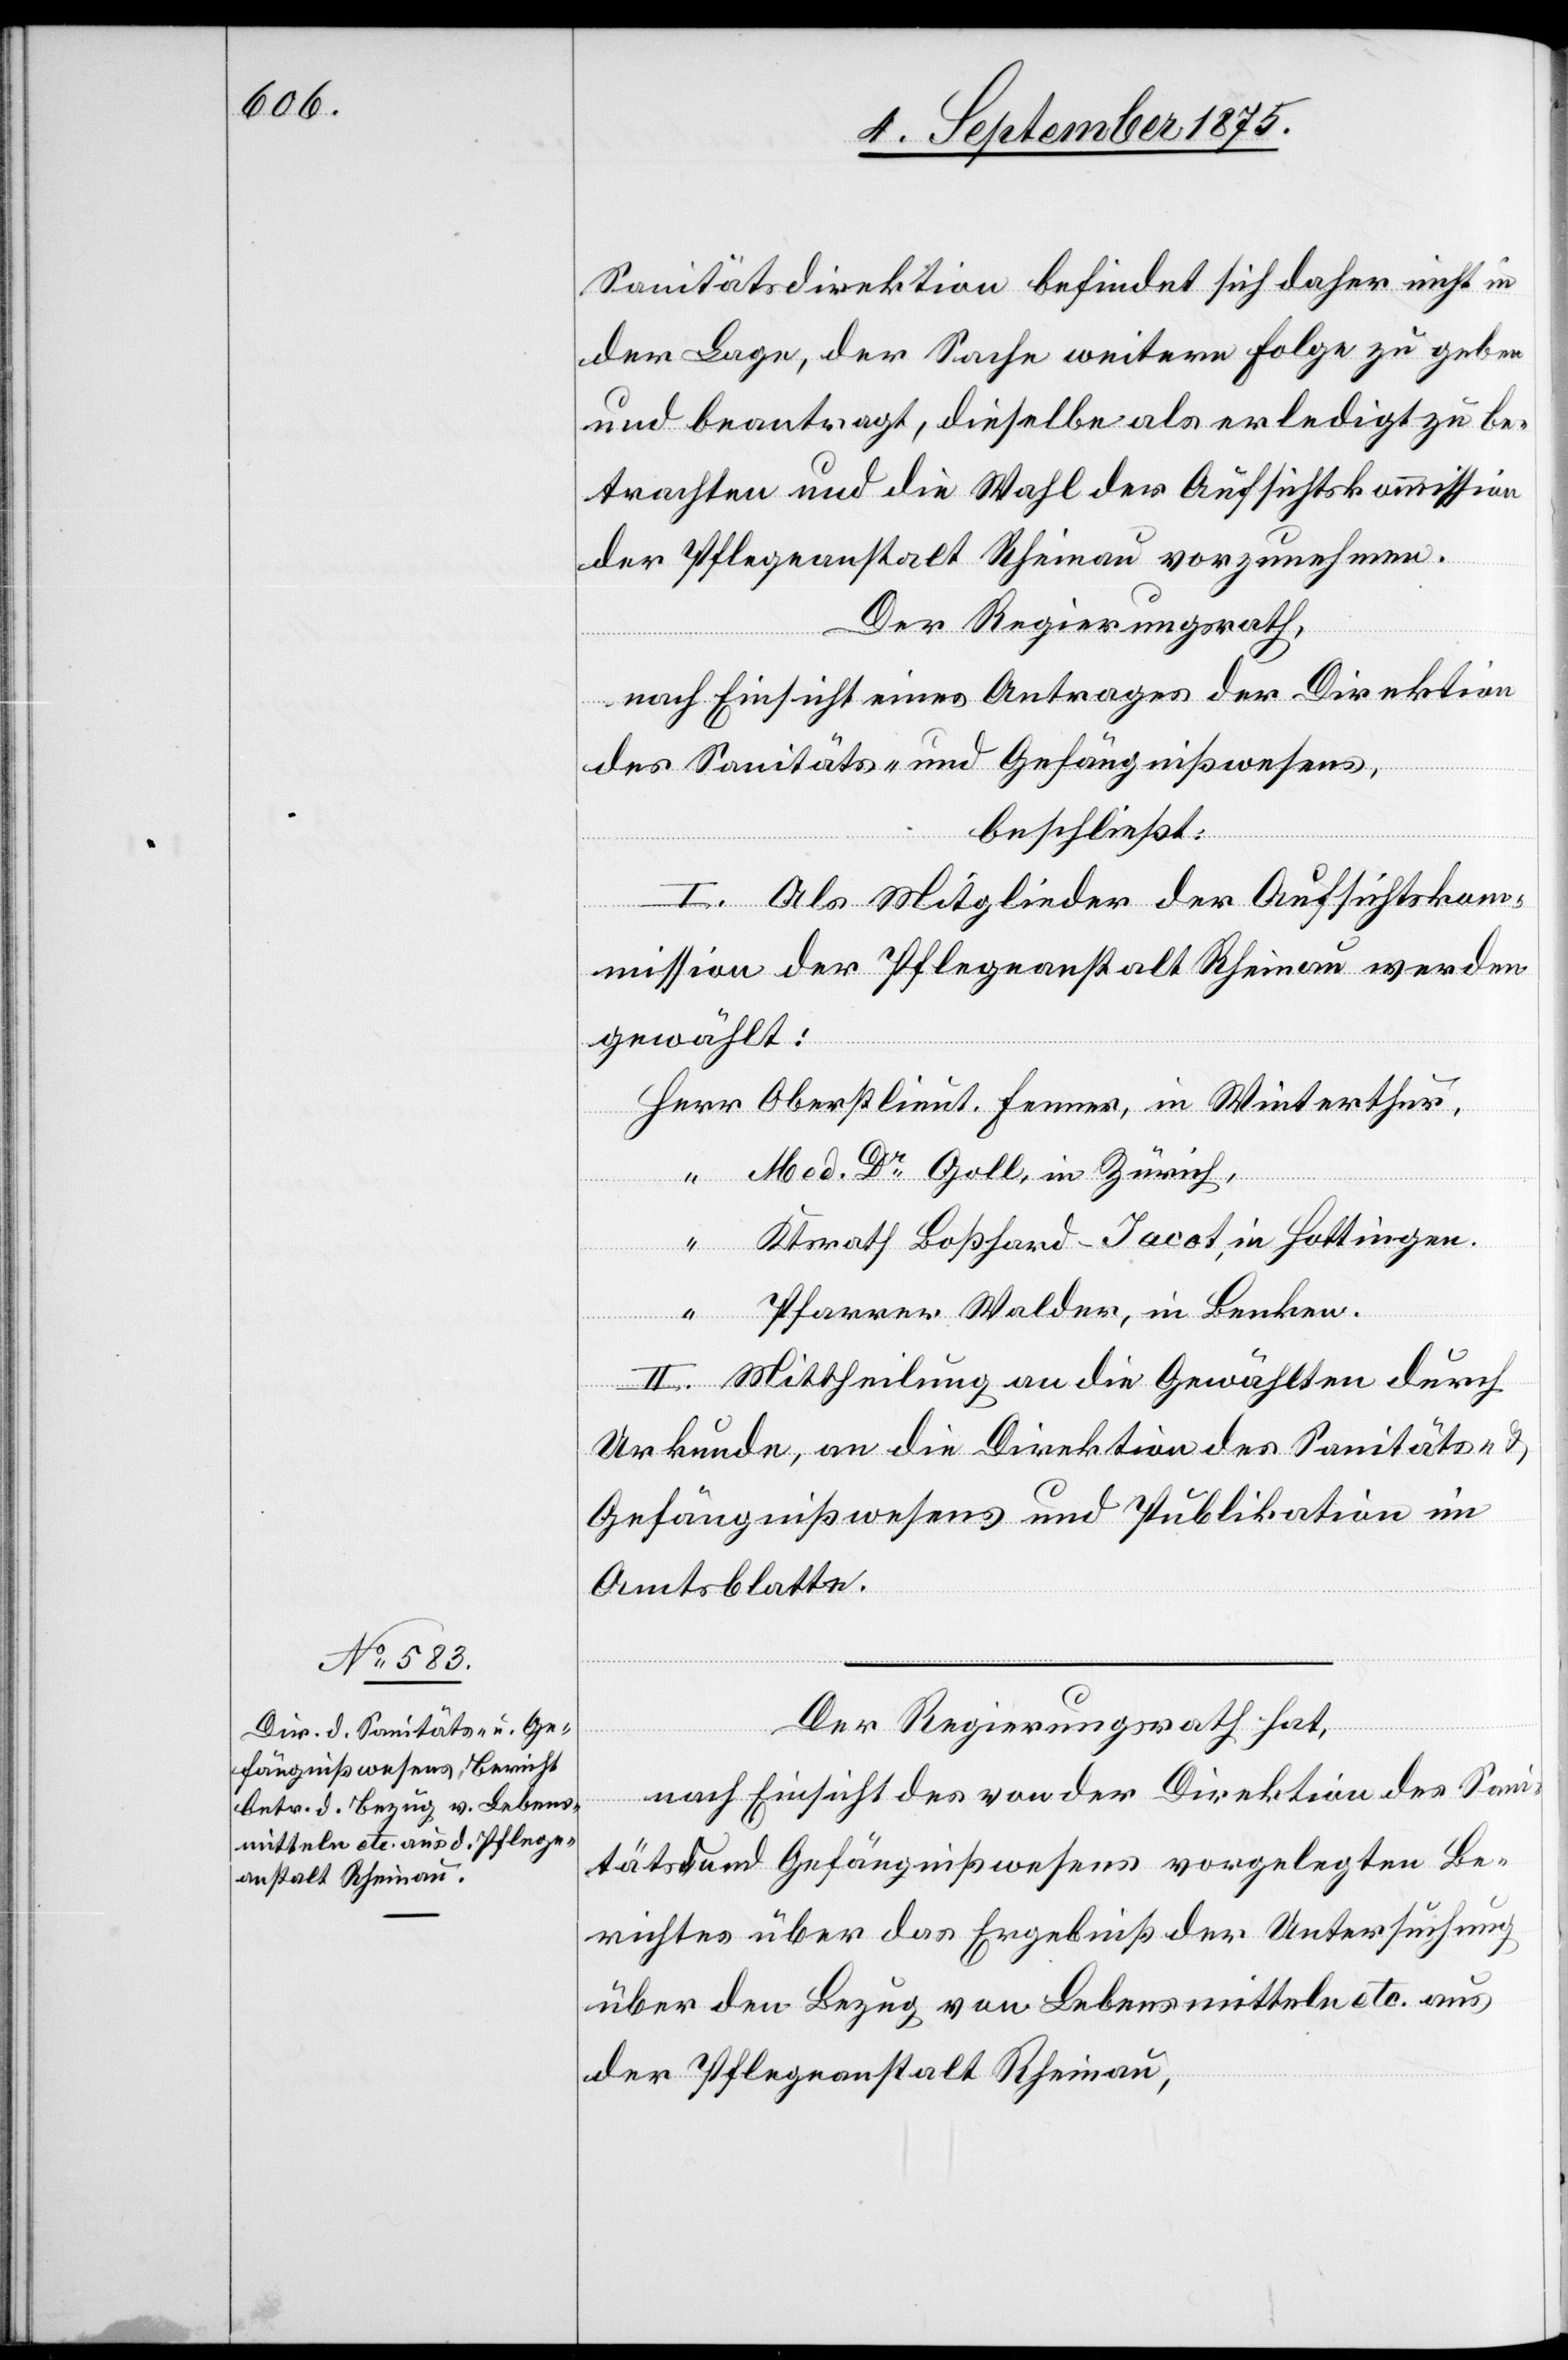
Sanitätsdirektion befindet sich daher nicht in
der Lage, der Sache weitere Folge zu geben
und beantragt, dieselbe als erledigt zu be¬
trachten und die Wahl der Aufsichtskommission
der Pflegeanstalt Rheinau vorzunehmen.
Der Regierungsrath,
nach Einsicht eines Antrages der Direktion
des Sanitäts- und Gefängnißwesens,
beschließt:
I. Als Mitglieder der Aufsichtskom¬
mission der Pflegeanstalt Rheinau werden
gewählt:
Oberstlieut. Fenner, in Winterthur,
Med. Dr Goll, in Zürich,
Ktsrath Boßhard-Iacot, in Hottingen.
Pfarrer Walder, in Benken.
II. Mittheilung an die Gewählten durch
Urkunde, an die Direktion des Sanitäts- &
Gefängnißwesens und Publikation im
Amtsblatte.
Herr
Der Regierungsrath hat,
nach Einsicht des von der Direktion des Sani¬
täts- und Gefängnißwesens vorgelegten Be¬
richtes über das Ergebniß der Untersuchung
über den Bezug von Lebensmitteln etc. aus
der Pflegeanstalt Rheinau,